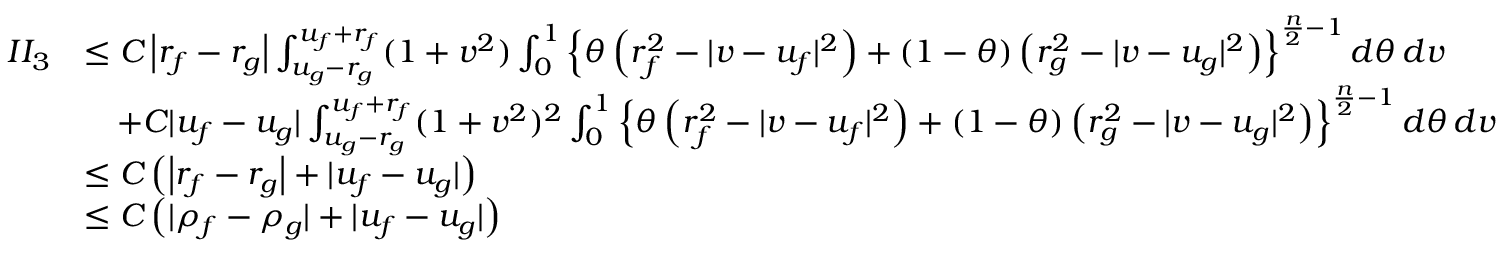
\begin{array} { r } { \begin{array} { r l } { I I _ { 3 } } & { \le C \left| r _ { f } - r _ { g } \right| \int _ { u _ { g } - r _ { g } } ^ { u _ { f } + r _ { f } } ( 1 + v ^ { 2 } ) \int _ { 0 } ^ { 1 } \left\{ \theta \left( r _ { f } ^ { 2 } - | v - u _ { f } | ^ { 2 } \right) + ( 1 - \theta ) \left( r _ { g } ^ { 2 } - | v - u _ { g } | ^ { 2 } \right) \right\} ^ { \frac n 2 - 1 } d \theta \, d v } \\ & { \quad + C | u _ { f } - u _ { g } | \int _ { u _ { g } - r _ { g } } ^ { u _ { f } + r _ { f } } ( 1 + v ^ { 2 } ) ^ { 2 } \int _ { 0 } ^ { 1 } \left\{ \theta \left( r _ { f } ^ { 2 } - | v - u _ { f } | ^ { 2 } \right) + ( 1 - \theta ) \left( r _ { g } ^ { 2 } - | v - u _ { g } | ^ { 2 } \right) \right\} ^ { \frac n 2 - 1 } d \theta \, d v } \\ & { \le C \left( \left| r _ { f } - r _ { g } \right| + | u _ { f } - u _ { g } | \right) } \\ & { \le C \left( | \rho _ { f } - \rho _ { g } | + | u _ { f } - u _ { g } | \right) } \end{array} } \end{array}